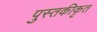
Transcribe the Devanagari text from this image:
पुस्तकीकृत